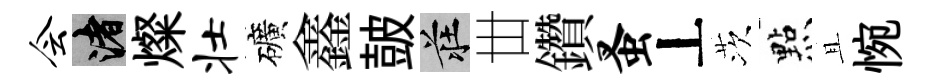
会渚燦壮礦鑫皷莊丗鑽蚤丄茨㸃且惋